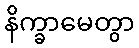
နိက္ခာမေတွာ